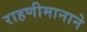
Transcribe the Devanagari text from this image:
राहणीमानाने